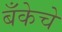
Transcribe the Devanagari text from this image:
बँकेचे